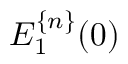
E _ { 1 } ^ { \{ n \} } ( 0 )